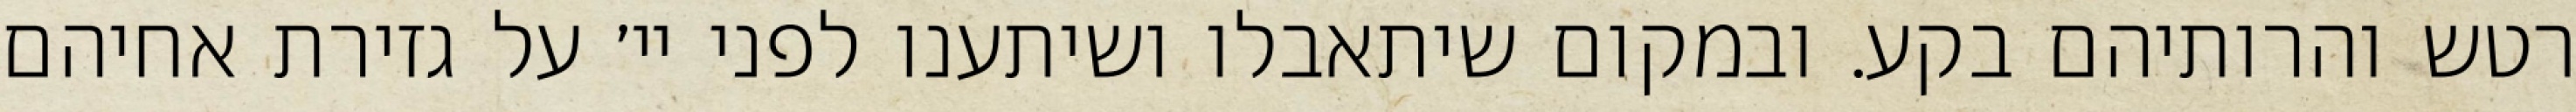
רטש והרותיהם בקע. ובמקום שיתאבלו ושיתענו לפני יי׳ על גזירת אחיהם